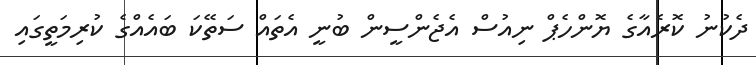
ދެކުނު ކޮރެއާގެ ޔޮންހެޕް ނިއުސް އެޖެންސީން ބުނީ އެތައް ސަތޭކަ ބައެއްގެ ކުރިމަތީގައި